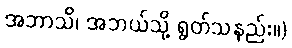
အဘာသိ၊ အဘယ်သို့ ရွတ်သနည်း။)